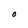
Character: O